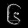
Digit: ၆